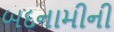
બદનામીની